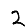
Digit: 2